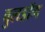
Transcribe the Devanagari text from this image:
वुलडॉग